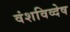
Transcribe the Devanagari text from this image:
वंशविव्देष